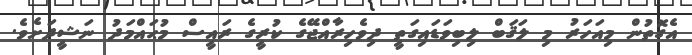
އެގޮތުން މިއަހަރު މި ލަޤަބް ލިބިވަޑައިގަތީ ދިވެހިރާއްޖޭގެ ކުރީގެ ރައީސް މުޙައްމަދު ނަޝީދަށެވެ.